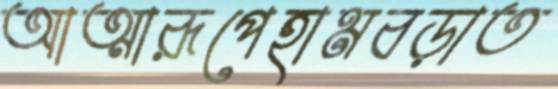
আত্মারূপেহামবড়াত